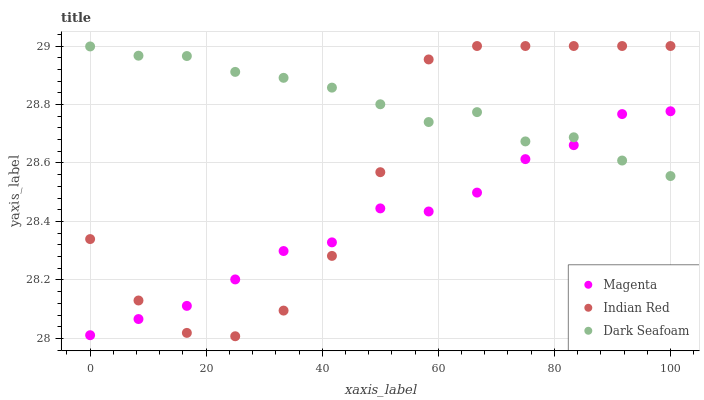
| xaxis_label | Magenta | Indian Red | Dark Seafoam |
 | --- | --- | --- | --- |
 | 0 | 28 | 28.3 | 29 |
 | 8.33 | 28.1 | 28.1 | 29 |
 | 16.7 | 28.1 | 28 | 29 |
 | 25 | 28.2 | 28 | 28.9 |
 | 33.3 | 28.3 | 28.1 | 28.9 |
 | 41.7 | 28.3 | 28.3 | 28.9 |
 | 50 | 28.4 | 28.6 | 28.8 |
 | 58.3 | 28.4 | 29 | 28.7 |
 | 66.7 | 28.5 | 29 | 28.8 |
 | 75 | 28.6 | 29 | 28.7 |
 | 83.3 | 28.7 | 29 | 28.7 |
 | 91.7 | 28.8 | 29 | 28.6 |
 | 100 | 28.8 | 29 | 28.6 |